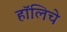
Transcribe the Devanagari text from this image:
हॉलिचे